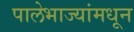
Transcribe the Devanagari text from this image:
पालेभाज्यांमधून